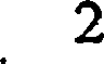
2